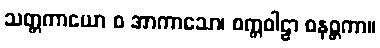
သတ္တကာယော စ အာကာသော၊ စက္ကဝါဠာ စနစ္တကာ။